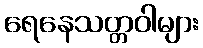
ရေနေသတ္တဝါများ